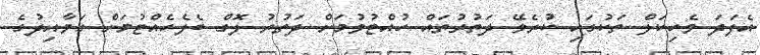
އެފަދަ ވެހިކަލް ތަކުގައި ކުރެވޭ ދަތުރުތައް ހުއްޓުވުމަށް ދަތުރު ލޮގް ބެލެހެއްޓުމަށް ގަވާއިދުގެ